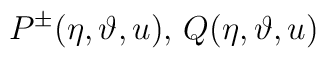
P^{\pm }(\eta ,\vartheta ,u),\, Q(\eta ,\vartheta ,u)